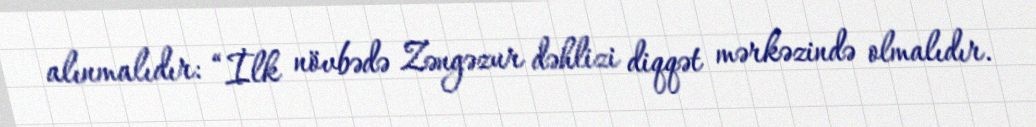
alınmalıdır: “İlk növbədə Zəngəzur dəhlizi diqqət mərkəzində olmalıdır.